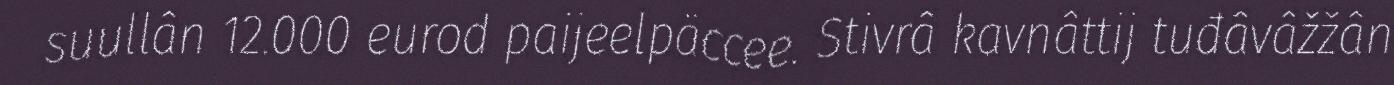
suullân 12.000 eurod paijeelpäccee. Stivrâ kavnâttij tuđâvâžžân